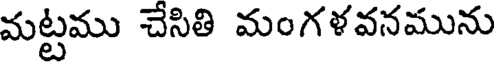
మట్టము చేసితి మంగళవనమును